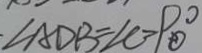
\cdot \angle A D B = \angle C = 9 0 ^ { \circ }